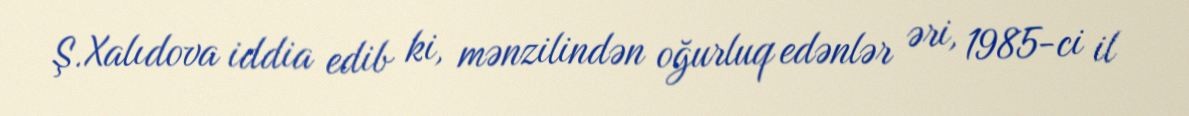
Ş.Xalıdova iddia edib ki, mənzilindən oğurluq edənlər əri, 1985-ci il